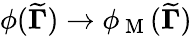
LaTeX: \phi({\widetilde{\mathbf{\Gamma}}})\to\phi_{\mathrm{~M~}}({\widetilde{\mathbf{\Gamma}}})